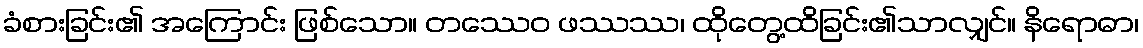
ခံစားခြင်း၏ အကြောင်း ဖြစ်သော။ တဿေဝ ဖဿဿ၊ ထိုတွေ့ထိခြင်း၏သာလျှင်။ နိရောဓာ၊